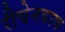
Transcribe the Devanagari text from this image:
रीचेनबाक